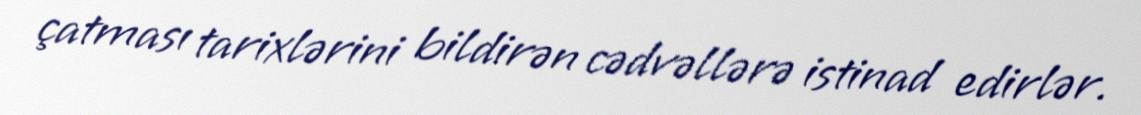
çatması tarixlərini bildirən cədvəllərə istinad edirlər.